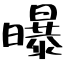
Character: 曝